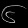
Digit: ၆